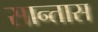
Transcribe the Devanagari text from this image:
सान्तास